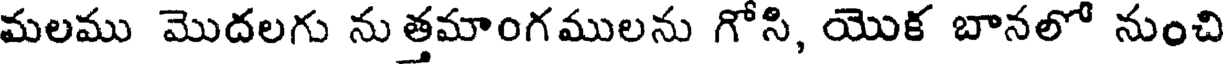
మలము మొదలగు ను త్తమాంగములను గోసి, యొక బానలో నుంచి